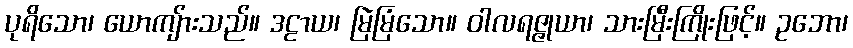
ပုရိသော၊ ယောကျ်ားသည်။ ဒဠာယ၊ မြဲမြံသော။ ဝါလရဇ္ဇုယာ၊ သားမြီးကြိုးဖြင့်။ ဥဘော၊